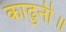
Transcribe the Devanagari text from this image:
काढुनी॥